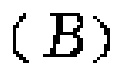
\((B)\)